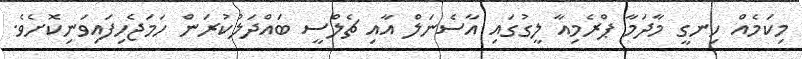
މިކަމެއް ހިނގީ މާދަމާ ޕްރެމިއާ ލީގުގައި އާސެނަލް އާއި ޗެލްސީ ބައްދަލުކުރަން ހަމަޖެހިފައިވަނިކޮށެވެ.